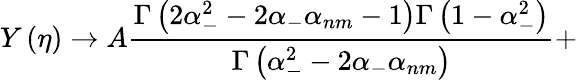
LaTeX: Y\left(\eta\right)\rightarrow A\frac{\Gamma\left(2\alpha_{-}^{2}-2\alpha_{-}\alpha_{nm}-1\right)\Gamma\left(1-\alpha_{-}^{2}\right)}{\Gamma\left(\alpha_{-}^{2}-2\alpha_{-}\alpha_{nm}\right)}+